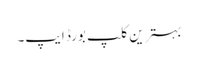
بہترین کلپ بورڈ ایپ۔